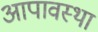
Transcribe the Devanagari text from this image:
आपावस्था